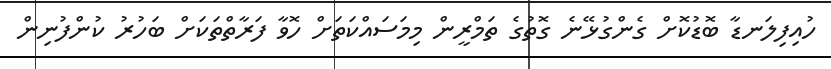
ހުއިފިލަނޑާ ބޮޑުކޮށް ގެންގުޅޭނެ ގޮތުގެ ތަމްރީން މިމަސައްކަތަށް ހޮވާ ފަރާތްތަކަށް ބަހުރު ކުންފުނިން